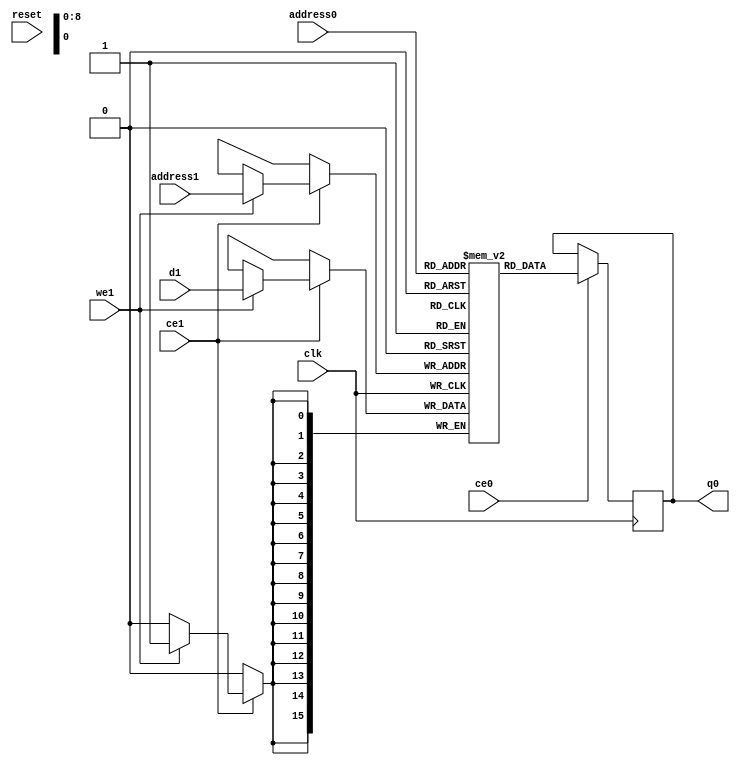
// ==============================================================
// Vitis HLS - High-Level Synthesis from C, C++ and OpenCL v2022.1 (64-bit)
// Tool Version Limit: 2022.04
// Copyright 1986-2022 Xilinx, Inc. All Rights Reserved.
// ==============================================================
`timescale 1 ns / 1 ps
module ConvolutionInputGenerator_4_ConvolutionInputGenerator_dws_2u_64u_8u_5u_2u_2u_2u_ap_resource_lutram_s_inpubkb (address0, ce0, q0, address1, ce1, d1, we1,  reset,clk);

parameter DataWidth = 16;
parameter AddressWidth = 9;
parameter AddressRange = 320;

input[AddressWidth-1:0] address0;
input ce0;
output reg[DataWidth-1:0] q0;
input[AddressWidth-1:0] address1;
input ce1;
input[DataWidth-1:0] d1;
input we1;
input reset;
input clk;

(* ram_style = "distributed" *)reg [DataWidth-1:0] ram[0:AddressRange-1];




always @(posedge clk)  
begin 
    if (ce0) begin
        q0 <= ram[address0];
    end
end


always @(posedge clk)  
begin 
    if (ce1) begin
        if (we1) 
            ram[address1] <= d1; 
    end
end


endmodule